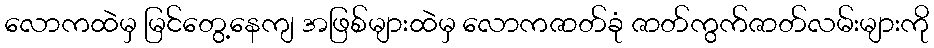
လောကထဲမှ မြင်တွေ့နေကျ အဖြစ်များထဲမှ လောကဇာတ်ခုံ ဇာတ်ကွက်ဇာတ်လမ်းများကို